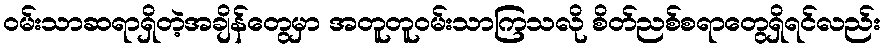
ဝမ်းသာဆရာရှိတဲ့အချိန်တွေမှာ အတူတူဝမ်းသာကြသလို စိတ်ညစ်စရာတွေရှိရင်လည်း